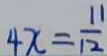
4 x = \frac { 1 1 } { 1 2 }